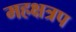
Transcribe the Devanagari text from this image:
महक्षत्रप